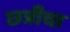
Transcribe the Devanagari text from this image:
छत्रीचा